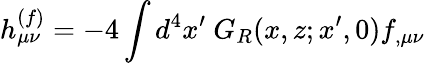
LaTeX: h_{\mu\nu}^{(f)}=-4\int d^{4}x^{\prime}~G_{R}(x,z;x^{\prime},0)f_{,\mu\nu}